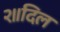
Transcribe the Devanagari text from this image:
२॥दिल